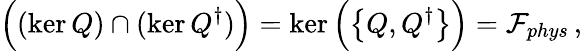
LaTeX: \Big((\ker Q)\cap(\ker Q^{\dagger})\Big)=\ker\Big(\big\{ Q,Q^{\dagger}\big\} \Big)=\mathcal{F}_{phys}\, ,